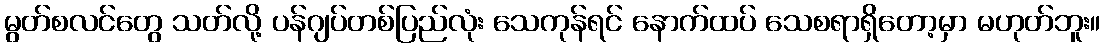
မွတ်စလင်တွေ သတ်လို့ ပန်ဂျပ်တစ်ပြည်လုံး သေကုန်ရင် နောက်ထပ် သေစရာရှိတော့မှာ မဟုတ်ဘူး။